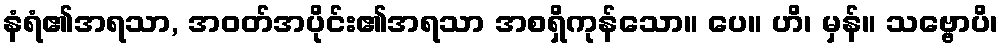
နံရံ၏အရသာ, အဝတ်အပိုင်း၏အရသာ အစရှိကုန်သော။ ပေ။ ဟိ၊ မှန်။ သဗ္ဗောပိ၊